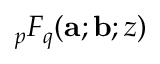
{ _ p F _ { q } } ( \mathbf a ; \mathbf b ; z )